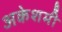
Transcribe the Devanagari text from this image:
अकेशमी